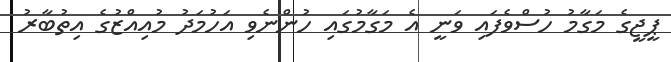
ޕީޖީގެ މަގާމު ހުސްވެފައި ވަނީ އެ މަގާމުގައި ހުންނެވި އަހުމަދު މުއިއްޒުގެ އިތުބާރު